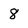
Character: 8